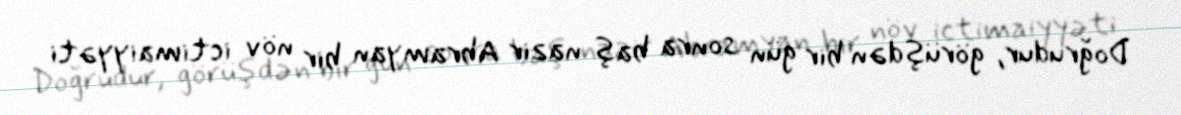
Doğrudur, görüşdən bir gün sonra baş nazir Abramyan bir növ ictimaiyyəti